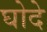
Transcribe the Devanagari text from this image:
घोदे